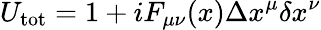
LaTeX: U_{\mathrm{tot}}=1+iF_{\mu\nu}(x)\Delta x^{\mu}\delta x^{\nu}